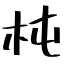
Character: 杶